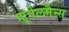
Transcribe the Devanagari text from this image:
ह्यूवेलमैन्स